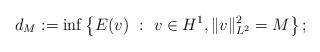
LaTeX: \begin{align*}d_M:= \inf \left\{ E(v) \ : \ v \in H^1, \|v\|^2_{L^2}=M \right\}; \end{align*}